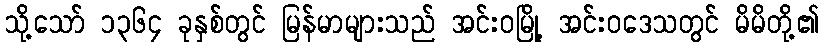
သို့သော် ၁၃၆၄ ခုနှစ်တွင် မြန်မာများသည် အင်းဝမြို့ အင်းဝဒေသတွင် မိမိတို့၏